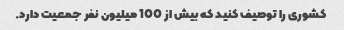
کشوری را توصیف کنید که بیش از 100 میلیون نفر جمعیت دارد.